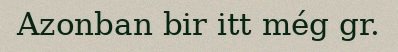
Azonban bir itt még gr.